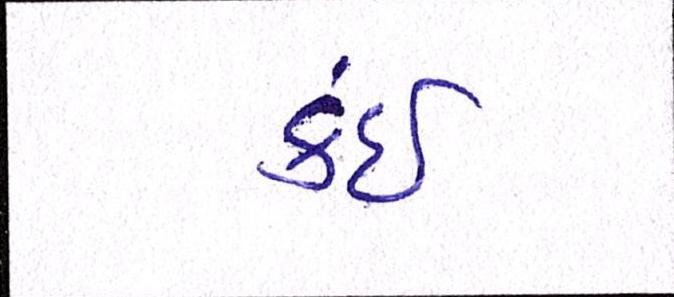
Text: કંઈ